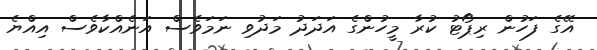
އޭގެ ފަހުން ރިޕޯޓު ކުރާ މީހުންގެ އަދަދު މަދުވި ނަމަވެސް އަނެއްކާވެސް އިއްޔެ